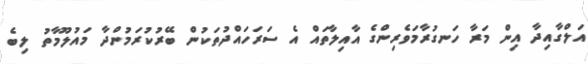
އަލްގާއިދާ އިން މަރާ ހަނގުރާމަވެރިންގެ އާއިލާތައް އެ ސަރަހައްދުތަކުން ބޭރުކުރަމުންދާ މައުލޫމާތު ލިބެ